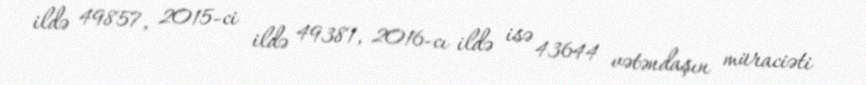
ildə 49857, 2015-ci ildə 49381, 2016-cı ildə isə 43644 vətəndaşın müraciəti